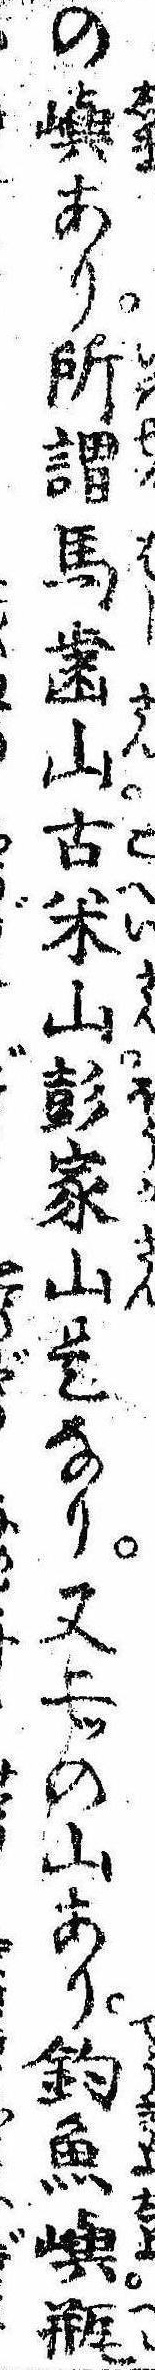
の嶼あり所謂馬歯山古米山彭家山是なり又二ツの山あり釣魚嶼瓶